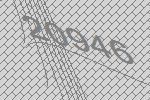
20946